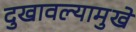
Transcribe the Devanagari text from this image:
दुखावल्यामुखे